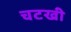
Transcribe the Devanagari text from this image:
चटखी